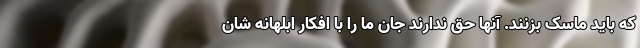
که باید ماسک بزنند. آنها حق ندارند جان ما را با افکار ابلهانه شان